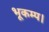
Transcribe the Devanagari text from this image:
भूकम्प।